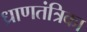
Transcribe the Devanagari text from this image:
ध्राणतंत्रिका